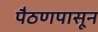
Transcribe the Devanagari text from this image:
पैठणपासून